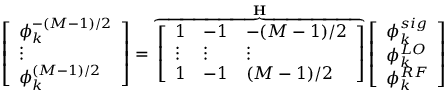
\left[ \begin{array} { l } { \phi _ { k } ^ { - ( M - 1 ) / 2 } } \\ { \vdots } \\ { \phi _ { k } ^ { ( M - 1 ) / 2 } } \end{array} \right] = \overbrace { \left[ \begin{array} { l l l } { 1 } & { - 1 } & { - ( M - 1 ) / 2 } \\ { \vdots } & { \vdots } & { \vdots } \\ { 1 } & { - 1 } & { ( M - 1 ) / 2 } \end{array} \right] } ^ { \mathbf { H } } \left[ \begin{array} { l } { \phi _ { k } ^ { s i g } } \\ { \phi _ { k } ^ { L O } } \\ { \phi _ { k } ^ { R F } } \end{array} \right]